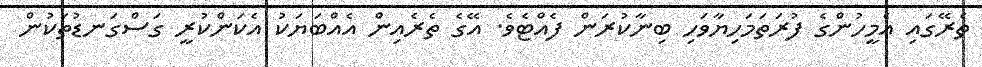
ތެރޭގައި އެމީހުންގެ ފުރަތަމަހިޔާވަހި ބިނާކުރަން ފެއްޓެވެ. އޭގެ ތެރެއިން އެއްބަޔަކު އެކަންކުރީ ގަސްގަނޑުތަކުން